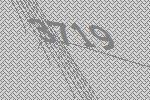
3719